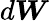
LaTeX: d\boldsymbol{W}